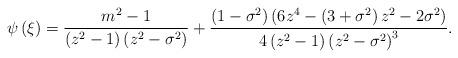
LaTeX: \begin{align*}\psi\left( \xi\right) =\frac{m^{2}-1}{\left( {z^{2}-1}\right) \left({z^{2}-\sigma^{2}}\right) }+\frac{\left( {1-\sigma^{2}}\right) \left({6z^{4}-\left( {3+\sigma^{2}}\right) z^{2}-2\sigma^{2}}\right) }{4\left({z^{2}-1}\right) \left( {z^{2}-\sigma^{2}}\right) ^{3}}. \end{align*}